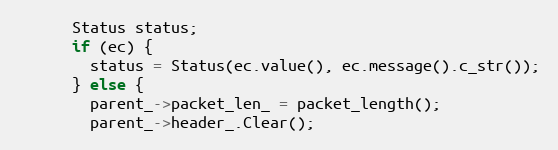
Language: C++
      Status status;
      if (ec) {
        status = Status(ec.value(), ec.message().c_str());
      } else {
        parent_->packet_len_ = packet_length();
        parent_->header_.Clear();